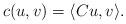
LaTeX: \begin{align*}c(u,v) = \langle C u, v \rangle.\end{align*}